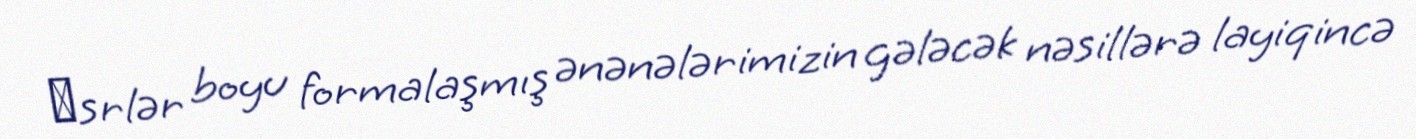
Әsrlər boyu formalaşmış ənənələrimizin gələcək nəsillərə layiqincə